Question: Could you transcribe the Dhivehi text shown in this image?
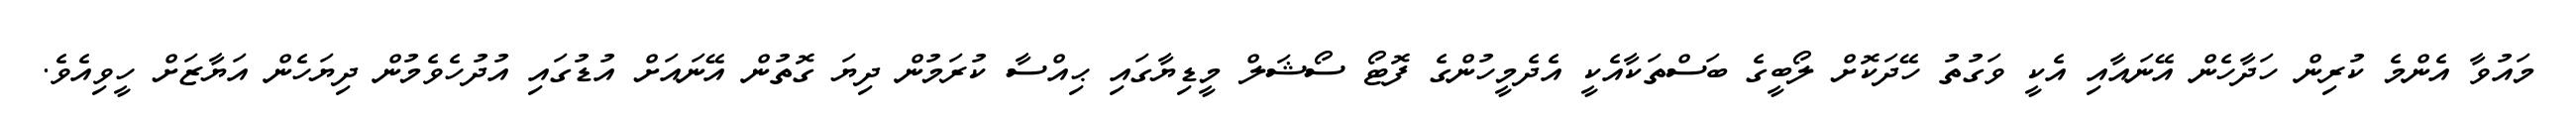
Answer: މައުވާ އެންމެ ކުރިން ހަދާހެން އޭނައާއި އެކީ ވަގުތު ހޭދަކޮށް ލޯބީގެ ބަސްތަކާއެކީ އެދެމީހުންގެ ފޮޓޯ ސޯޝަލް މީޑިޔާގައި ޙިއްސާ ކުރަމުން ދިޔަ ގޮތުން އޭނައަށް އުޑުގައި އުދުހެވެމުން ދިޔަހެން އަޔާޒަށް ހީވިއެވެ.